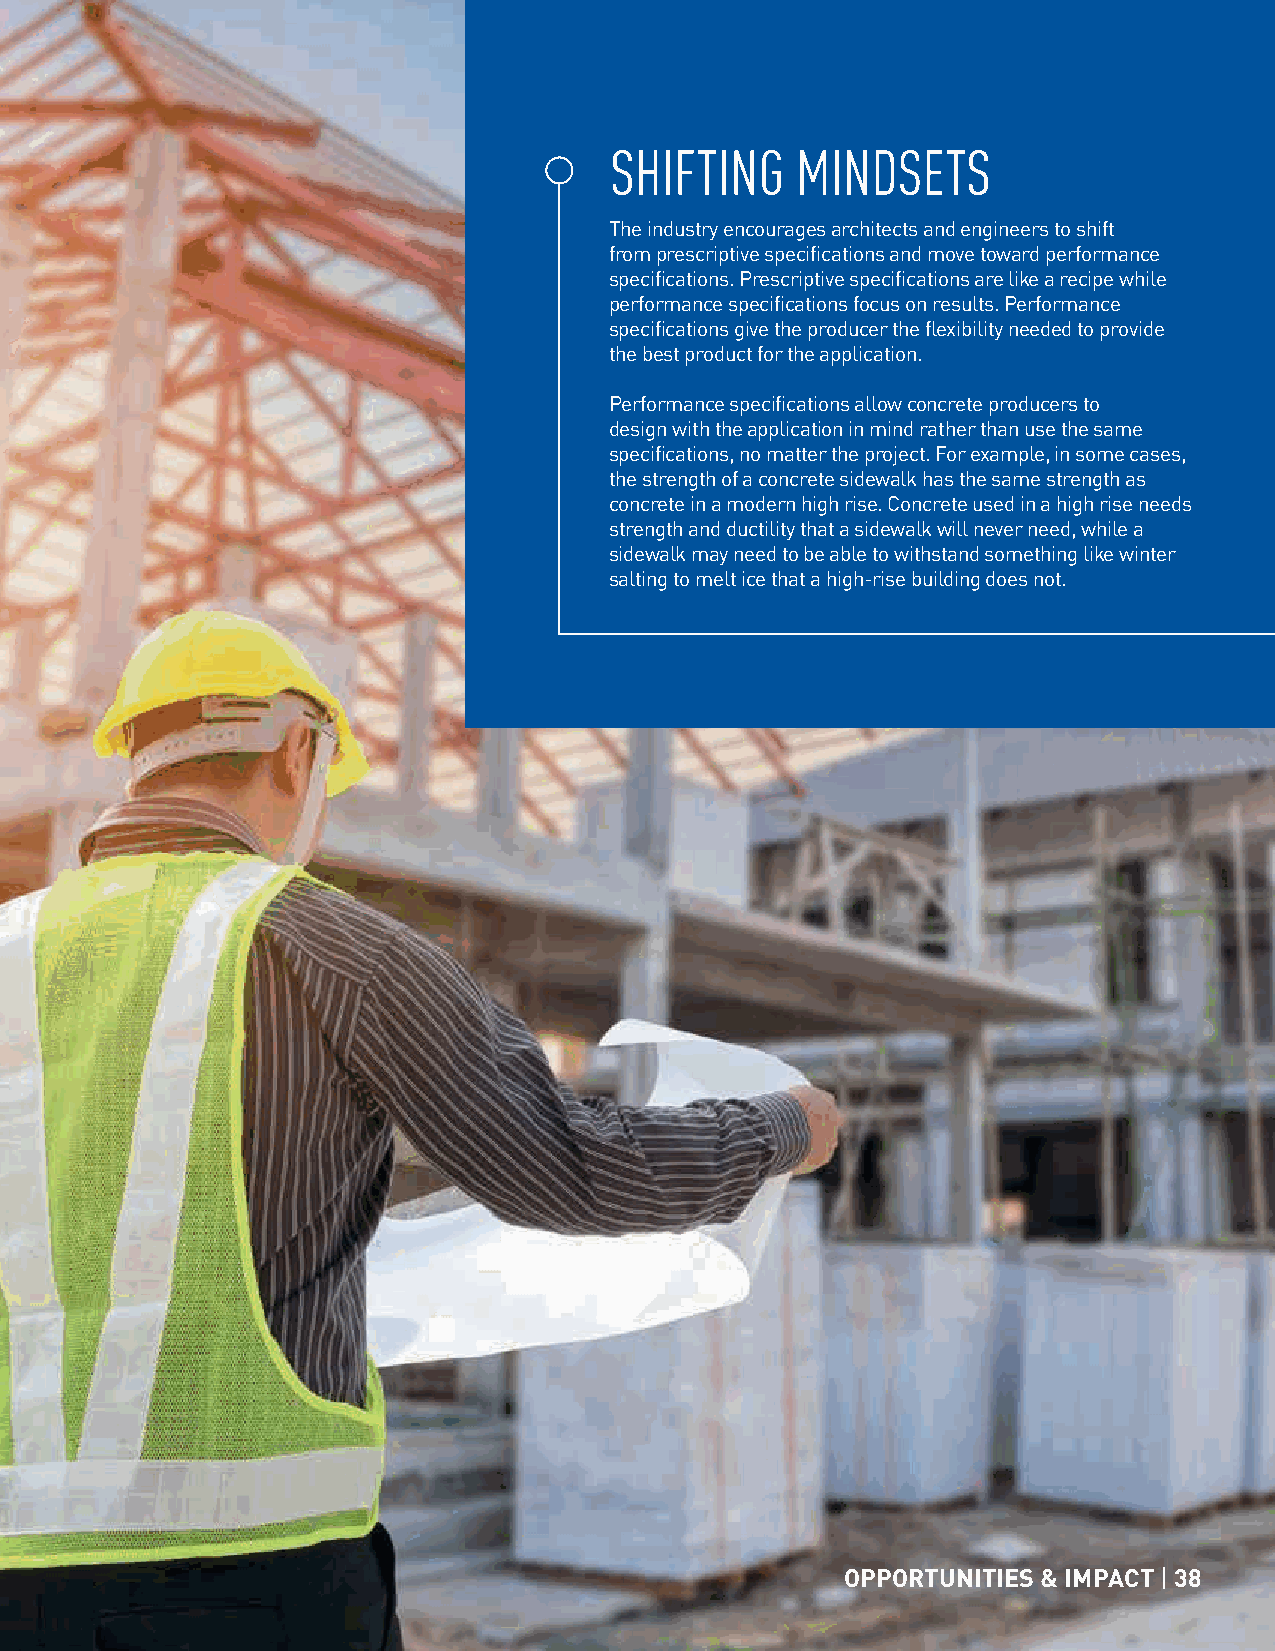
SHIFTING     MINDSETS
 The industry encourages architects and engineers to shift
 from prescriptive specifications and move toward performance
 specifications. Prescriptive specifications are like a recipe while
 performance specifications focus on results. Performance
 specifications give the producer the flexibility needed to provide
 the best product for the application.
 Performance specifications allow concrete producers to
 design with the application in mind rather than use the same
 specifications, no matter the project. For example, in some cases,
 the strength of a concrete sidewalk has the same strength as
 concrete in a modern high rise. Concrete used in a high rise needs
 strength and ductility that a sidewalk will never need, while a
 sidewalk may need to be able to withstand something like winter
 salting to melt ice that a high-rise building does not.
 OPPORTUNITIES & IMPACT | 38